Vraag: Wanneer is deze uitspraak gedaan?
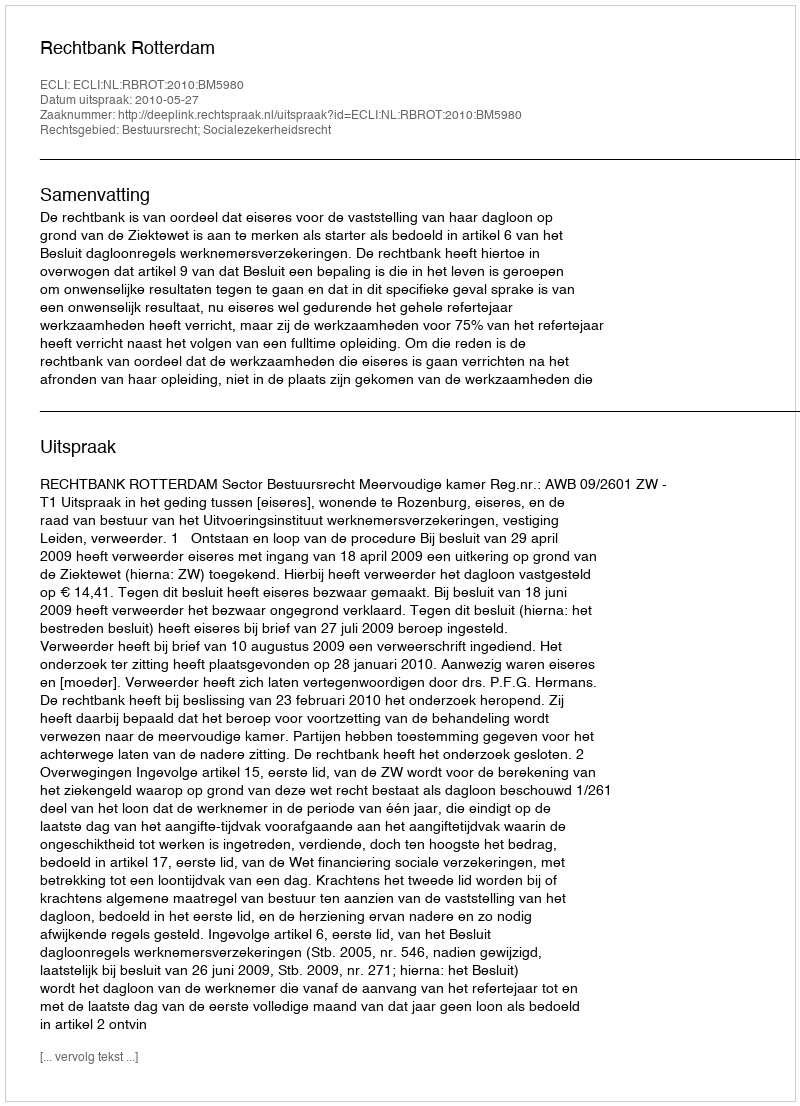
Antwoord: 2010-05-27